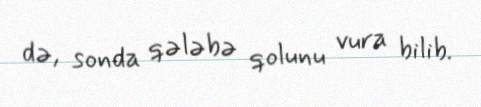
də, sonda qələbə qolunu vura bilib.